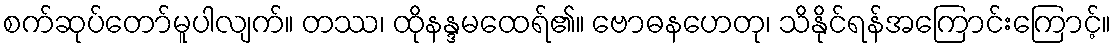
စက်ဆုပ်တော်မူပါလျက်။ တဿ၊ ထိုနန္ဒမထေရ်၏။ ဗောဓနဟေတု၊ သိနိုင်ရန်အကြောင်းကြောင့်။